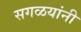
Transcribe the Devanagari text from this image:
सगळयांनी